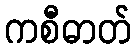
ကစီဓာတ်